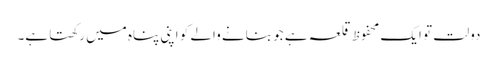
دولت تو ایک محفوظ قلعہ ہے جو بنانے والے کو اپنی پناہ میں رکھتا ہے۔